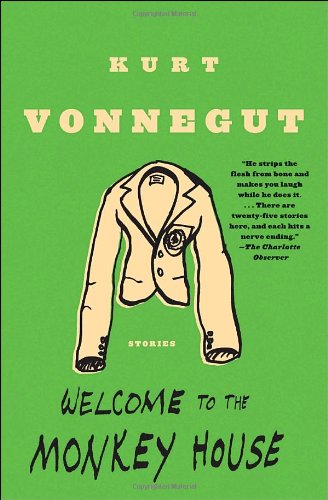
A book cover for Welcome to the Monkey House: Stories; Kurt Vonnegut; Science Fiction & Fantasy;